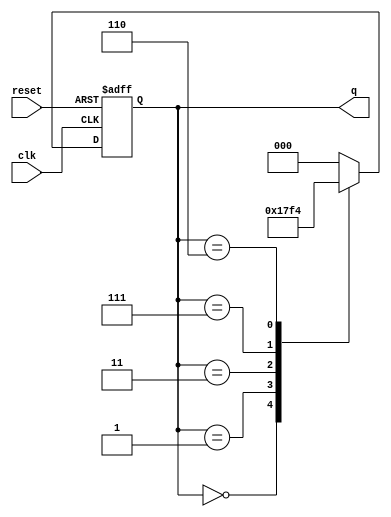
module modified_johnson_counter (
    input wire clk,          // Clock input
    input wire reset,        // Asynchronous reset input
    output reg [2:0] q       // 3-bit output representing the counter state
);

    // Always block triggered on the rising edge of the clock or on reset
    always @(posedge clk or posedge reset) begin
        if (reset) begin
            // Initialize the counter to 000 on reset
            q <= 3'b000;
        end else begin
            // Modified Johnson Counter logic
            case (q)
                3'b000: q <= 3'b001; // State 0
                3'b001: q <= 3'b011; // State 1
                3'b011: q <= 3'b111; // State 2
                3'b111: q <= 3'b110; // State 3
                3'b110: q <= 3'b100; // State 4
                3'b100: q <= 3'b000; // State 5 (back to State 0)
                default: q <= 3'b000; // Default case (should not occur)
            endcase
        end
    end

endmodule